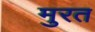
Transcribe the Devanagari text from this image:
मुरत